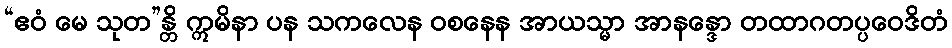
“ဧဝံ မေ သုတ”န္တိ ဣမိနာ ပန သကလေန ဝစနေန အာယသ္မာ အာနန္ဒော တထာဂတပ္ပဝေဒိတံ